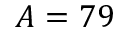
A = 7 9